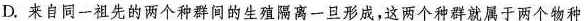
D.来自同一祖先的两个种群间的生殖隔离一旦形成，这两个种群就属于两个物种